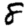
Digit: 8